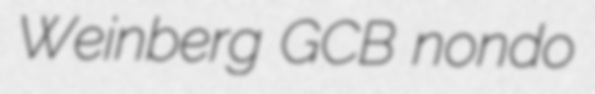
Weinberg GCB nondo